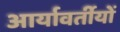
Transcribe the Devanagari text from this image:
आर्यावर्तीयों